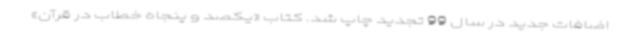
اضافات جدید در سال 99 تجدید چاپ شد. کتاب «یکصد و پنجاه خطاب در قرآن»